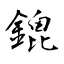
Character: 鎞